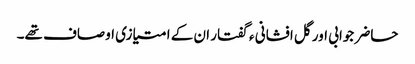
حاضر جوابی اور گل افشانی ء گفتار ان کے امتیازی اوصاف تھے۔